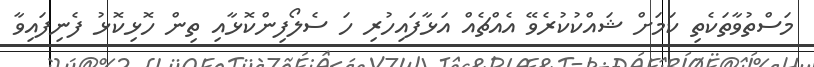
މަސްތުވާތަކެތި ކަމަށް ޝައްކުކުރެވޭ އެއްޗެއް އަޅާފައިހުރި ހަ ސެލޯފިންކޮޅާއި ތިން ހޮޅިކޮޅު ފެނިފައިވާ